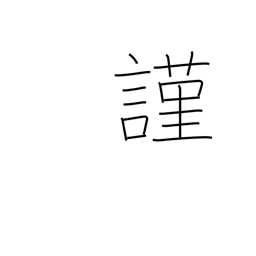
Meaning: humbly